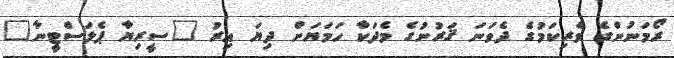
ރޯމަނުންގެ ވެރިކަމުގެ ދެވަނަ ޤަރުނުގެ މެދަކާ ހަމަޔަށް ދިޔަ އިރު "ސީރިޔާ ޕެލަސްޓީނާ"